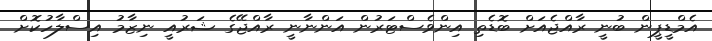
އެމްޑީޕީން ބުނީ ރާއްޖެއަށް ބޮޑެތި އިންވެސްޓަރުން އަންނާނީ ރާއްޖޭގެ ޝަރުއީ ނިޒާމު އިސްލާހުކޮށް